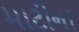
માટીના